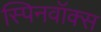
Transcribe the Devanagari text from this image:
स्पिनवॉक्स